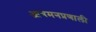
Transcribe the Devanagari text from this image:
आगमनप्रणाली